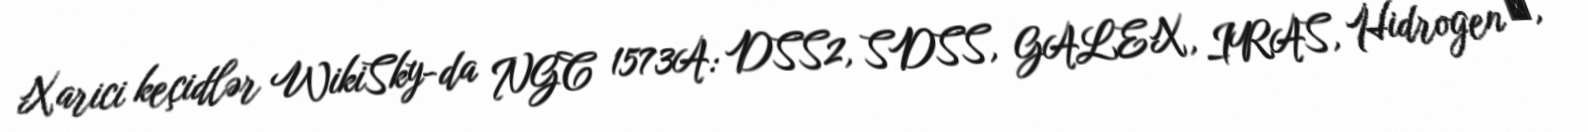
Xarici keçidlər WikiSky-da NGC 1573A: DSS2, SDSS, GALEX, IRAS, Hidrogen α,